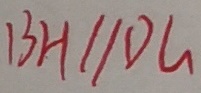
B H / / D G